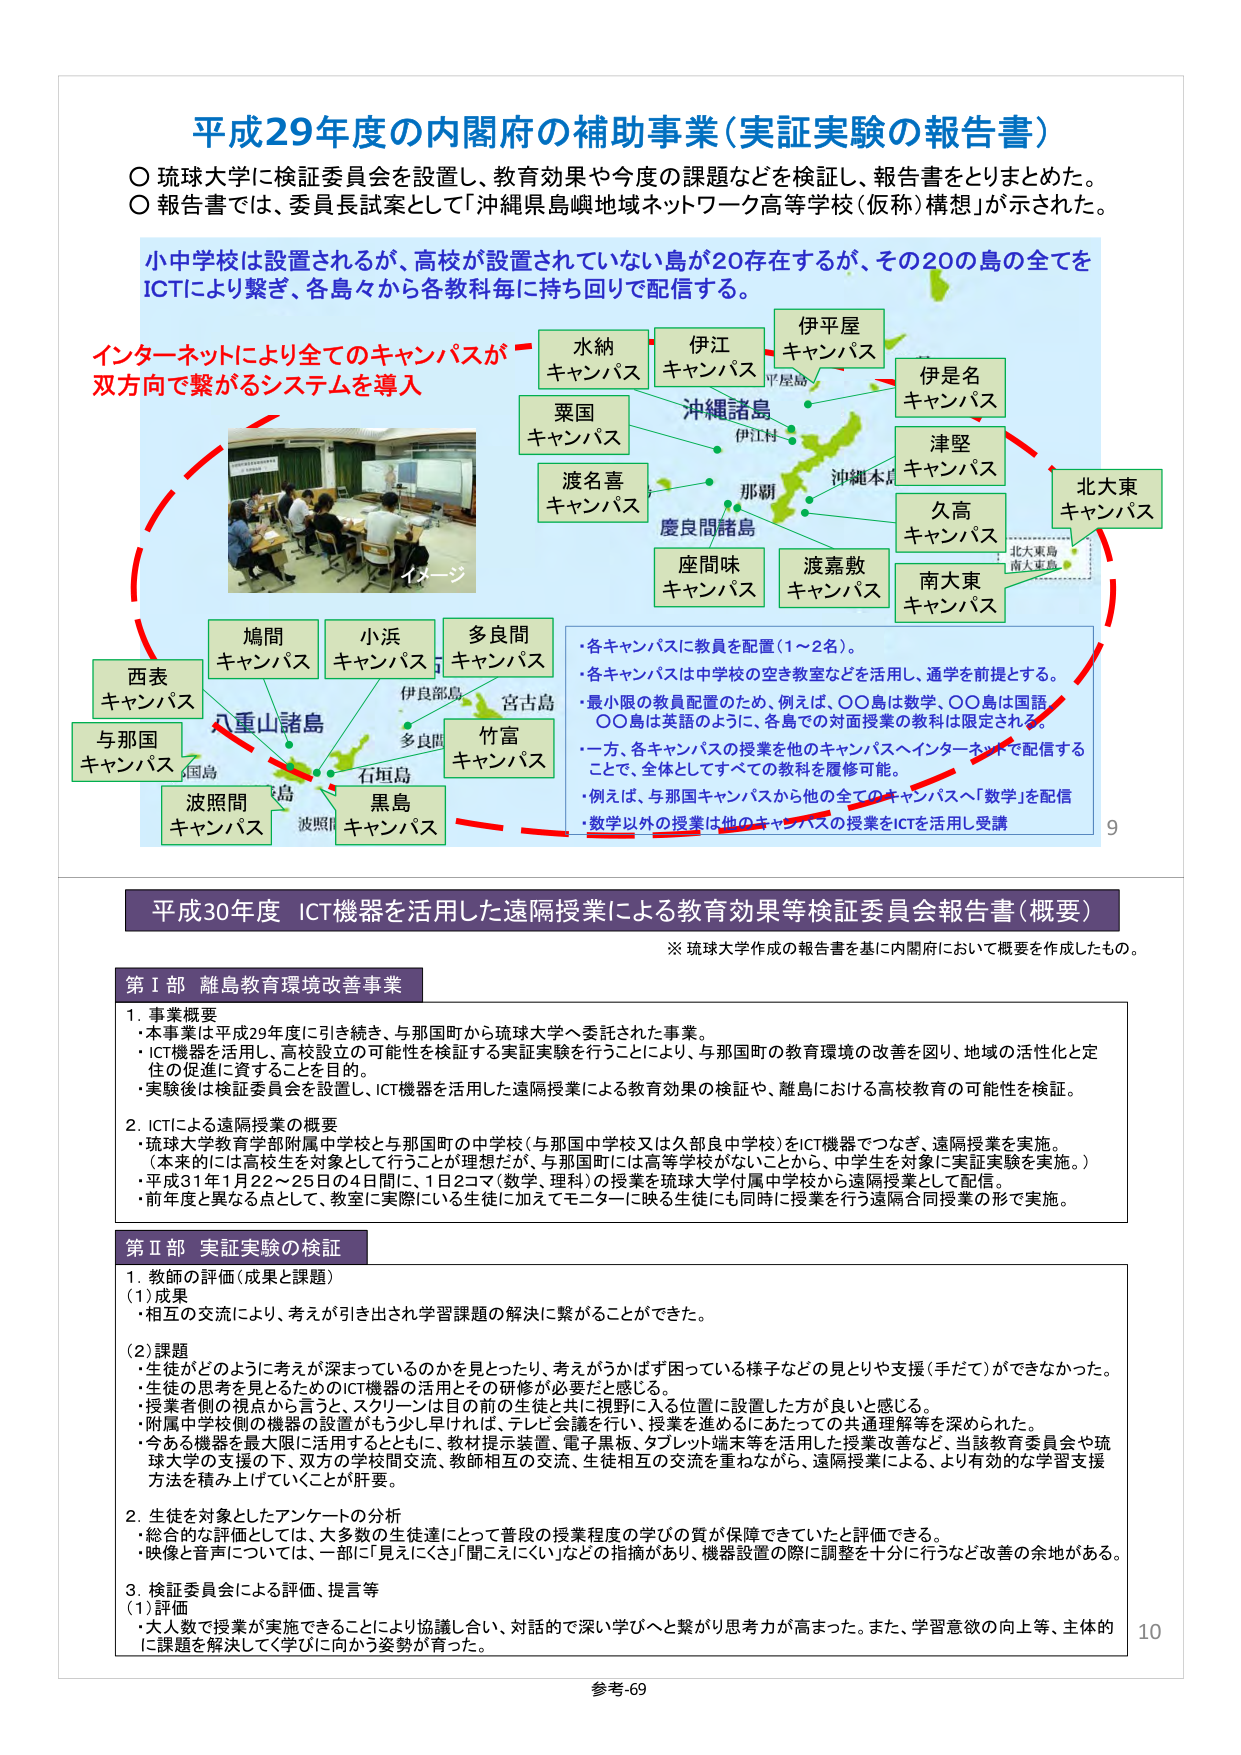
平成29年度の内閣府の補助事業（実証実験の報告書）

○琉球大学に検証委員会を設置し、教育効果や今度の課題などを検証し、報告書をとりまとめた。
○報告書では、委員長試案として「沖縄県島嶼地域ネットワーク高等学校（仮称）構想」が示された。

小中学校は設置されるが、高校が設置されていない島が20存在するが、その20の島の全てをICTにより繋ぎ、各島々から各教科毎に持ち回りで配信する。

インターネットにより全てのキャンパスが
双方向で繋がるシステムを導入

水納
キャンパス

伊江
キャンパス

伊平屋
キャンパス

伊是名
キャンパス

津堅
キャンパス

久高
キャンパス

北大東
キャンパス

沖縄諸島

平屋島
伊江村
沖縄本島
那覇
慶良間諸島

渡名喜
キャンパス

粟国
キャンパス

座間味
キャンパス

渡嘉敷
キャンパス

南大東
キャンパス

北大東島
南大東島

西表
キャンパス

鳩間
キャンパス

小浜
キャンパス

多良間
キャンパス

八重山諸島

伊良部島
宮古島
多良間
石垣島
波照間
黒島

竹富
キャンパス

与那国
キャンパス

波照間
キャンパス

イメージ

・各キャンパスに教員を配置（1～2名）。
・各キャンパスは中学校の空き教室などを活用し、通学を前提とする。
・最小限の教員配置のため、例えば、○○島は数学、○○島は国語、○○島は英語のように、各島での対面授業の教科は限定される。
・一方、各キャンパスの授業を他のキャンパスへインターネットで配信することで、全体としてすべての教科を履修可能。
・例えば、与那国キャンパスから他の全てのキャンパスへ「数学」を配信
・数学以外の授業は他のキャンパスの授業をICTを活用し受講

9

平成30年度 ICT機器を活用した遠隔授業による教育効果等検証委員会報告書（概要）

※琉球大学作成の報告書を基に内閣府において概要を作成したもの。

第Ⅰ部 離島教育環境改善事業

1. 事業概要
・本事業は平成29年度に引き続き、与那国町から琉球大学へ委託された事業。
・ICT機器を活用し、高校設立の可能性を検証する実証実験を行うことにより、与那国町の教育環境の改善を図り、地域の活性化と定住の促進に資することを目的。
・実験後は検証委員会を設置し、ICT機器を活用した遠隔授業による教育効果の検証や、離島における高校教育の可能性を検証。

2. ICTによる遠隔授業の概要
・琉球大学教育学部附属中学校と与那国町の中学校（与那国中学校又は久部良中学校）をICT機器でつなぎ、遠隔授業を実施。
（本来的には高校生を対象として行うことが理想だが、与那国町には高等学校がないことから、中学生を対象に実証実験を実施。）
・平成31年1月22～25日の4日間に、1日2コマ（数学、理科）の授業を琉球大学附属中学校から遠隔授業として配信。
・前年度と異なる点として、教室に実際にいる生徒に加えてモニターに映る生徒にも同時に授業を行う遠隔合同授業の形で実施。

第Ⅱ部 実証実験の検証

1. 教師の評価（成果と課題）
（1）成果
・相互の交流により、考えが引き出され学習課題の解決に繋がることができた。

（2）課題
・生徒がどのように考えが深まっているのかを見とったり、考えがうかばず困っている様子などの見とりや支援（手だて）ができなかった。
・生徒の思考を見とるためのICT機器の活用とその研修が必要だと感じる。
・授業者側の視点から言うと、スクリーンは目の前の生徒と共に視野に入る位置に設置した方が良いと感じる。
・附属中学校側の機器の設置がもう少し早ければ、テレビ会議を行い、授業を進めるにあたっての共通理解等を深められた。
・今ある機器を最大限に活用するとともに、教材提示装置、電子黒板、タブレット端末等を活用した授業改善など、当該教育委員会や琉球大学の支援の下、双方の学校間交流、教師相互の交流、生徒相互の交流を重ねながら、遠隔授業による、より有効的な学習支援方法を積み上げていくことが肝要。

2. 生徒を対象としたアンケートの分析
・総合的な評価としては、大多数の生徒達にとって普段の授業程度の学びの質が保障できていたと評価できる。
・映像と音声については、一部に「見えにくい」「聞こえにくい」などの指摘があり、機器設置の際に調整を十分に行うなど改善の余地がある。

3. 検証委員会による評価、提言等
（1）評価
・大人数で授業が実施できることにより協議し合い、対話的で深い学びへと繋がり思考力が高まった。また、学習意欲の向上等、主体的に課題を解決して学びに向かう姿勢が育った。

10

参考-69